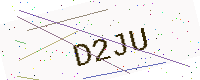
Text: D2JU